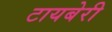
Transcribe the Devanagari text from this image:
टायबेरी